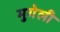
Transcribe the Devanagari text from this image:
मुगेली